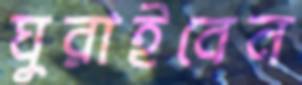
ঘুরাইবেন